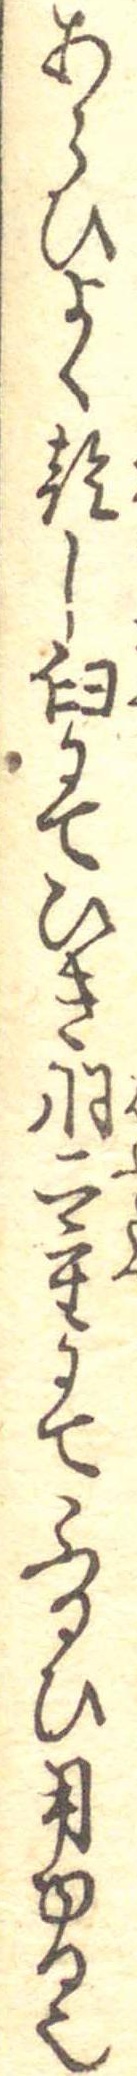
あらひよく乾し臼にてひき羽二重にてふるひ用ゆる也